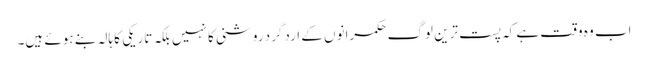
اب وہ وقت ہے کہ پست ترین لوگ حکمرانوں کے اردگرد روشنی کا نہیں بلکہ تاریکی کا ہالہ بنے ہوئے ہیں۔